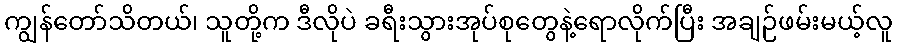
ကျွန်တော်သိတယ်၊ သူတို့က ဒီလိုပဲ ခရီးသွားအုပ်စုတွေနဲ့ရောလိုက်ပြီး အချဉ်ဖမ်းမယ့်လူ